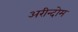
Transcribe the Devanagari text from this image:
अरीन्दोम